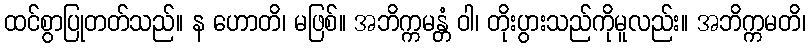
ထင်စွာပြုတတ်သည်။ န ဟောတိ၊ မဖြစ်။ အဘိက္ကမန္တံ ဝါ၊ တိုးပွားသည်ကိုမူလည်း။ အဘိက္ကမတိ၊